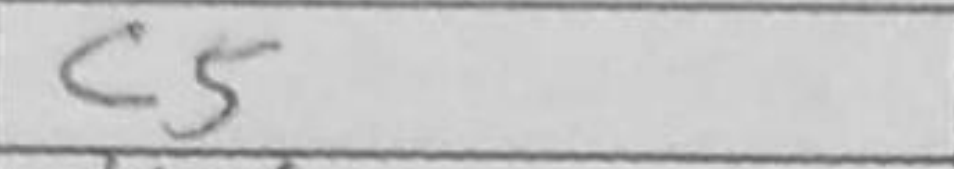
Transcription: c5